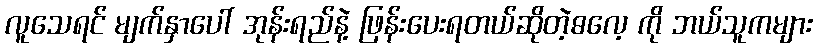
လူသေရင် မျက်နှာပေါ် အုန်းရည်နဲ့ ဖြန်းပေးရတယ်ဆိုတဲ့ဓလေ့ ကို ဘယ်သူကများ